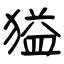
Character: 獈